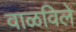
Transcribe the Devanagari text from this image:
वाळविले